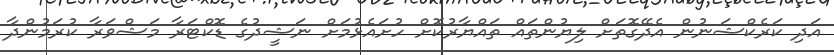
އަދި ކަރެކްޝަނުން އެދޭގޮތަށް ލިޔުންތައް ތައްޔާރުކޮށް ހުށައެޅުމަށް ނަޝީދުގެ ޑޮކްޓަރާ މަޝްވަރާ ކުރަމުންދާ